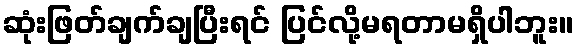
ဆုံးဖြတ်ချက်ချပြီးရင် ပြင်လို့မရတာမရှိပါဘူး။